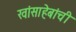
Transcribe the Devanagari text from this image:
खांसाहेबांची